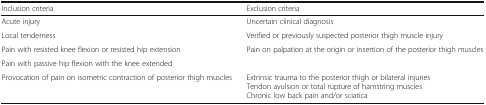
<table><thead><tr><td><b>Inclusion criteria</b></td><td><b>Exclusion criteria</b></td></tr></thead><tbody><tr><td>Acute injury</td><td>Uncertain clinical diagnosis</td></tr><tr><td>Local tenderness</td><td>Verified or previously suspected posterior thigh muscle injury</td></tr><tr><td>Pain with resisted knee flexion or resisted hip extension</td><td>Pain on palpation at the origin or insertion of the posterior thigh muscles</td></tr><tr><td>Pain with passive hip flexion with the knee extended</td><td></td></tr><tr><td>Provocation of pain on isometric contraction of posterior thigh muscles</td><td>Extrinsic trauma to the posterior thigh or bilateral injuriesTendon avulsion or total rupture of hamstring musclesChronic low back pain and/or sciatica</td></tr></tbody></table>